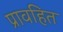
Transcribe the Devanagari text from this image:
प्रावहित